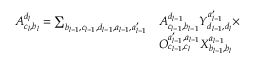
\begin{array} { r l } { A _ { c _ { l } , b _ { l } } ^ { d _ { l } } = \sum _ { b _ { l - 1 } , c _ { l - 1 } , d _ { l - 1 } , a _ { l - 1 } , a _ { l - 1 } ^ { \prime } } } & { A _ { c _ { l - 1 } , b _ { l - 1 } } ^ { d _ { l - 1 } } Y _ { d _ { l - 1 } , d _ { l } } ^ { a _ { l - 1 } ^ { \prime } } \times } \\ & { O _ { c _ { l - 1 } , c _ { l } } ^ { a _ { l - 1 } ^ { \prime } , a _ { l - 1 } } X _ { b _ { l - 1 } , b _ { l } } ^ { a _ { l - 1 } } } \end{array}